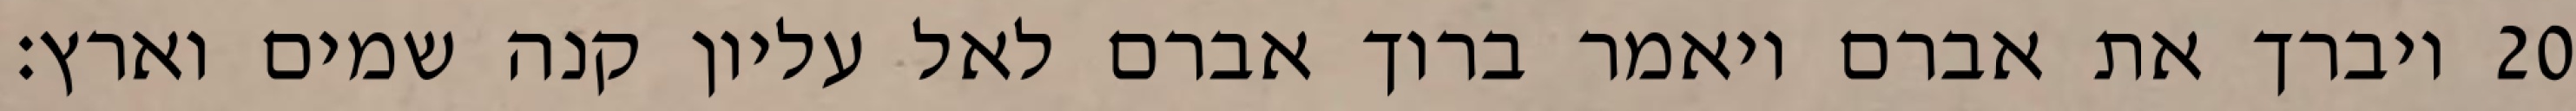
ויברך את אברם ויאמר ברוך אברם לאל עליון קנה שמים וארץ׃ ‎20‏